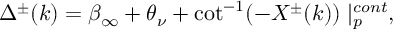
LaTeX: \Delta ^ { \pm } ( k ) = \beta _ { \infty } + \theta _ { \nu } + \cot ^ { - 1 } ( - X ^ { \pm } ( k ) ) \mid _ { p } ^ { c o n t } ,